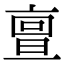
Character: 亶